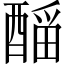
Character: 𲆴